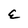
Character: E